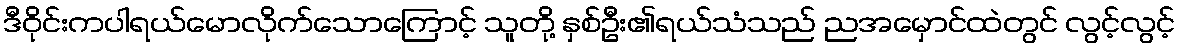
ဒီဝိုင်းကပါရယ်မောလိုက်သောကြောင့် သူတို့ နှစ်ဦး၏ရယ်သံသည် ညအမှောင်ထဲတွင် လွင့်လွင့်